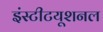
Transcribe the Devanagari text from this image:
इंस्‍टीटयूशनल